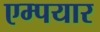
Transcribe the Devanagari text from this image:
एम्पयार